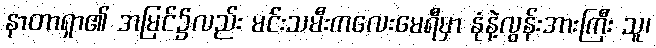
နာတာရှာ၏ အမြင်၌လည်း မင်းသမီးကလေးမေရီမှာ နုံနဲ့လွန်းအားကြီး သူ၊